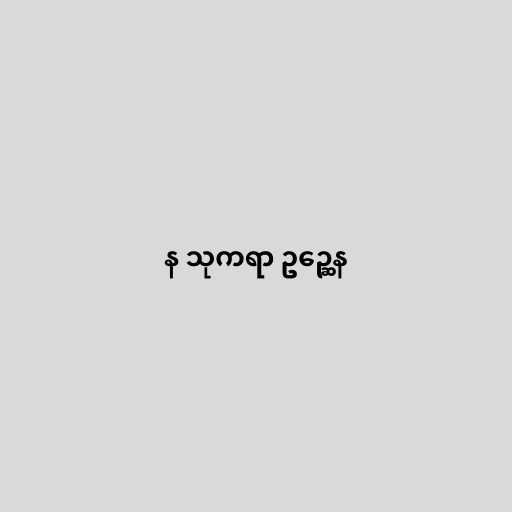
န သုကရာ ဥဉ္ဆေန